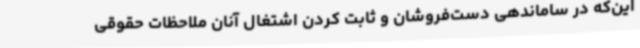
این‌که در ساماندهی دست‌فروشان و ثابت کردن اشتغال آنان ملاحظات حقوقی